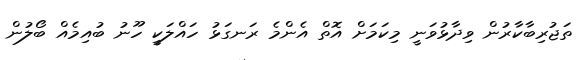
ތަޖުރިބާކާރުން ވިދާޅުވަނީ މިކަމަށް އޮތް އެންމެ ރަނގަޅު ހައްލަކީ ހޫނު ބުއިމެއް ބޯލުން